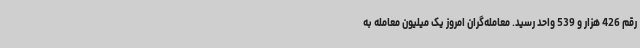
رقم 426 هزار و 539 واحد رسید. معامله‌گران امروز یک میلیون معامله به